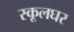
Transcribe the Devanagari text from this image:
स्कूलघर